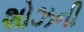
શોઝની